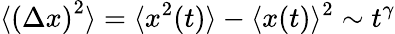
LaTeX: \langle\left(\Delta x\right)^{2}\rangle=\langle x^{2}(t)\rangle-\langle x(t)\rangle^{2}\sim t^{\gamma}